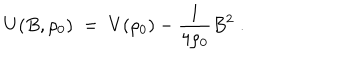
LaTeX: U ( B , \rho _ { 0 } ) \; = \; V ( \rho _ { 0 } ) - \frac { 1 } { 4 \rho _ { 0 } } B ^ { 2 } \; .